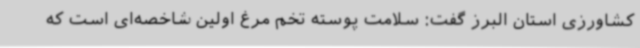
کشاورزی استان البرز گفت: سلامت پوسته تخم مرغ اولین شاخصه‌ای است که